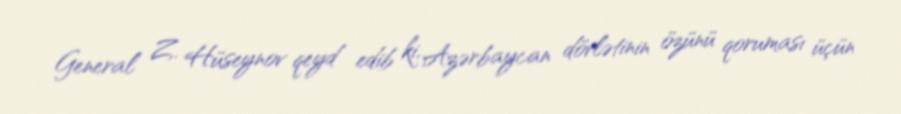
General Z. Hüseynov qeyd edib ki, Azərbaycan dövlətinin özünü qoruması üçün